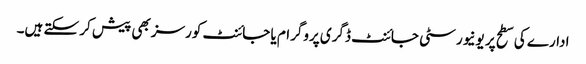
ادارے کی سطح پر یونیورسٹی جائنٹ ڈگری پروگرام یا جائنٹ کورسز بھی پیش کر سکتے ہیں۔